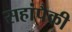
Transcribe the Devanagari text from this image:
सहांपैकी